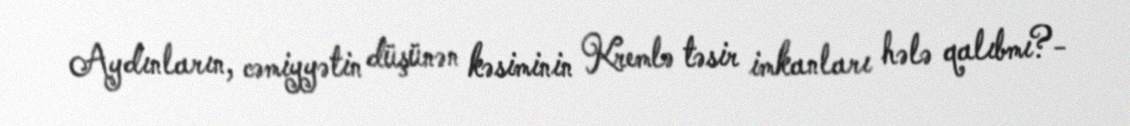
Aydınların, cəmiyyətin düşünən kəsiminin Kremlə təsir imkanları hələ qalıbmı?-